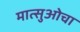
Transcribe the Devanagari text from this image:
मात्सुओचा